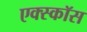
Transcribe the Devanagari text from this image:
एक्स्कॉस